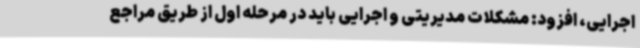
اجرایی، افزود: مشکلات مدیریتی و اجرایی باید در مرحله اول از طریق مراجع